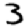
Digit: 3